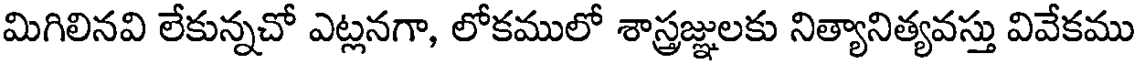
మిగిలినవి లేకున్నచో ఎట్లనగా, లోకములో శాస్త్రజ్ఞులకు నిత్యానిత్యవస్తు వివేకము